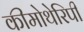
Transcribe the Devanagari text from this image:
कीमोथेरिपी